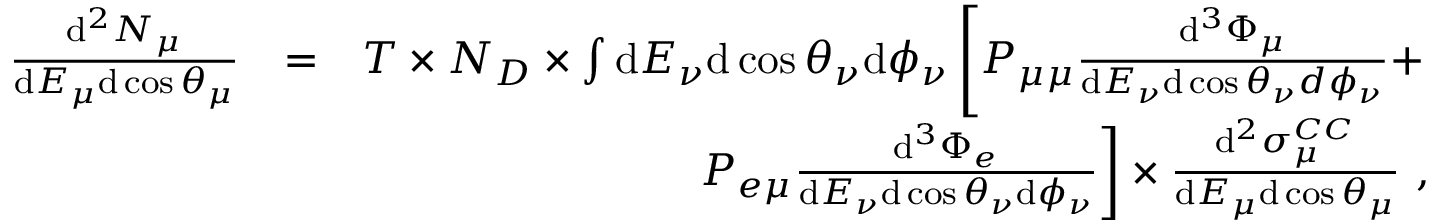
\begin{array} { r l r } { \frac { \mathrm { d } ^ { 2 } N _ { \mu } } { \mathrm { d } E _ { \mu } \mathrm { d } \cos \theta _ { \mu } } } & { = } & { T \times N _ { D } \times \int \mathrm { d } E _ { \nu } \mathrm { d } \cos \theta _ { \nu } \mathrm { d } \phi _ { \nu } \left[ P _ { \mu \mu } \frac { \mathrm { d } ^ { 3 } \Phi _ { \mu } } { \mathrm { d } E _ { \nu } \mathrm { d } \cos \theta _ { \nu } d \phi _ { \nu } } + \right. } \\ & { } & { \left. P _ { e \mu } \frac { \mathrm { d } ^ { 3 } \Phi _ { e } } { \mathrm { d } E _ { \nu } \mathrm { d } \cos \theta _ { \nu } \mathrm { d } \phi _ { \nu } } \right] \times \frac { \mathrm { d } ^ { 2 } \sigma _ { \mu } ^ { C C } } { \mathrm { d } E _ { \mu } \mathrm { d } \cos \theta _ { \mu } } ~ , } \end{array}